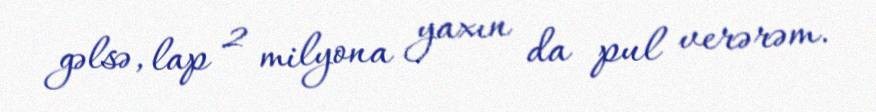
gəlsə, lap 2 milyona yaxın da pul verərəm.